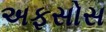
અફસોસ